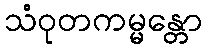
သံဝုတကမ္မန္တော